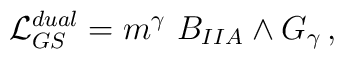
{\cal L}_{GS}^{dual}=m^\gamma ~B_{IIA}\wedge G_\gamma\, ,